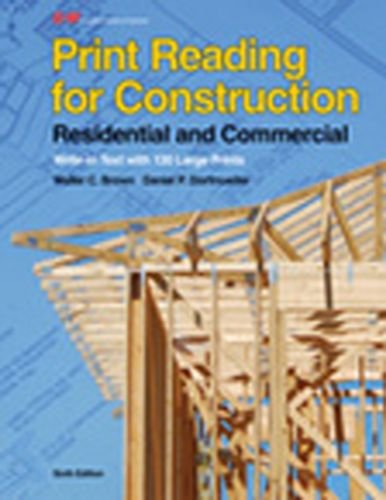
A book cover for Print Reading for Construction: Residential and Commercial; Walter C. Brown; Engineering & Transportation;